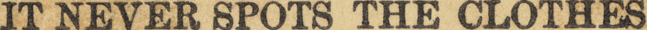
IT NEVER SPOTS THE CLOTHES